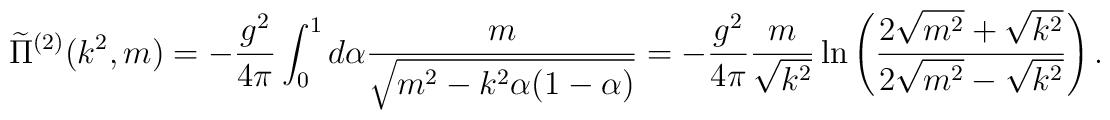
\widetilde{\Pi}^{(2)}(k^{2},m) = - \frac{g^{2}}{4\pi}      \int_{0}^{1} d\alpha \frac{m}				{\sqrt{m^{2}-k^{2}\alpha(1-\alpha)}} =      - \frac{g^{2}}{4\pi} \frac{m}{\sqrt{k^{2}}} 	\ln{\left( \frac{ 2\sqrt{m^{2}}+\sqrt{k^{2}} }		        { 2\sqrt{m^{2}}-\sqrt{k^{2}} }	    \right)} \, .